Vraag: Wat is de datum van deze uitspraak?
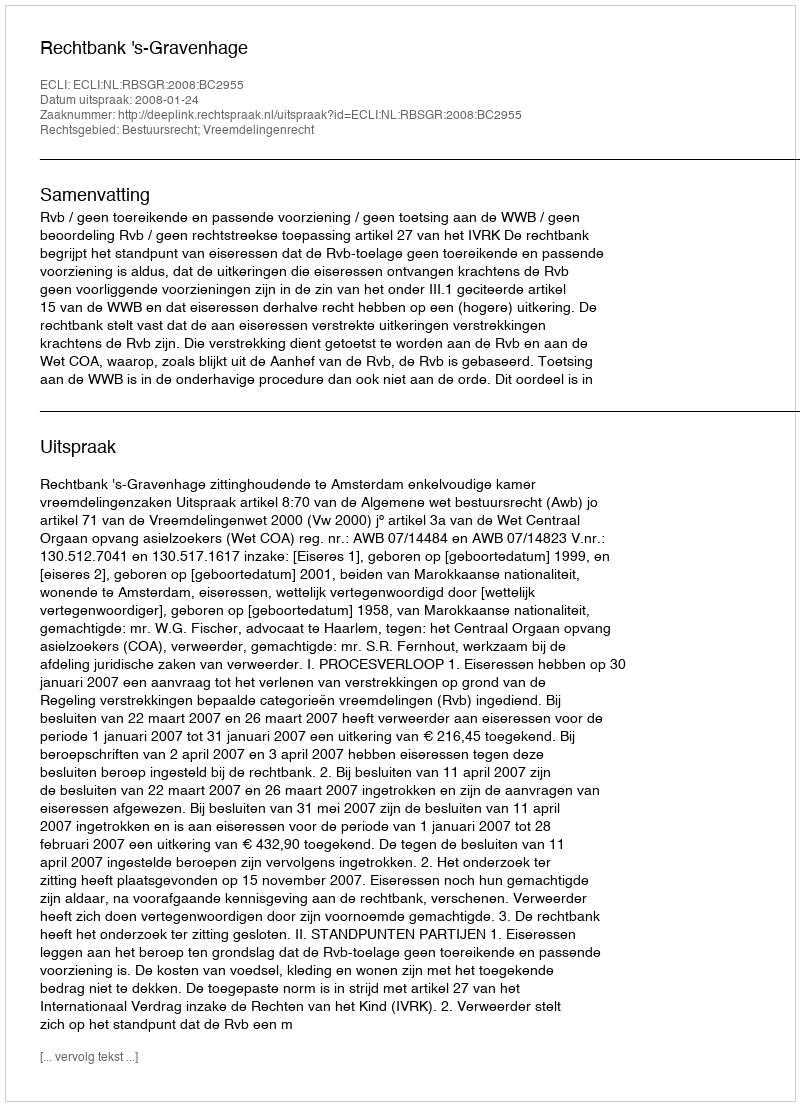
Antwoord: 2008-01-24